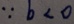
\because b < 0